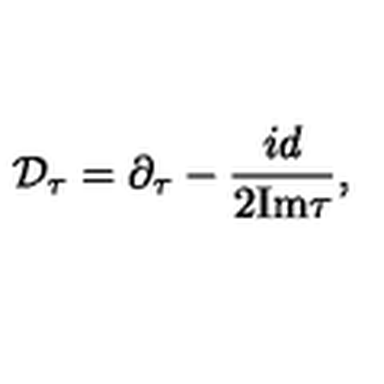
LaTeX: { \cal D } _ { \tau } = \partial _ { \tau } - { \frac { i d } { 2 \mathrm { I m } \tau } } ,